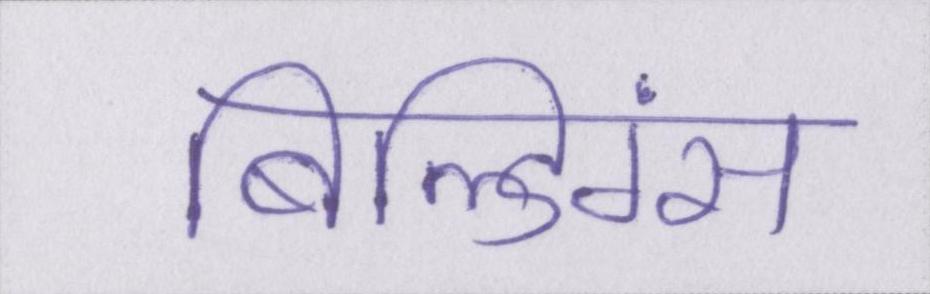
बिल्डिंग्स